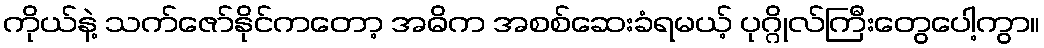
ကိုယ်နဲ့ သက်ဇော်နိုင်ကတော့ အဓိက အစစ်ဆေးခံရမယ့် ပုဂ္ဂိုလ်ကြီးတွေပေါ့ကွာ။